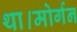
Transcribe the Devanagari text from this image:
था।मोर्गन